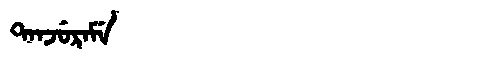
Manchu: ᡨᠠᠨᠵᡠᡵᠠᠮᡝ
Romanization: TANJURAME